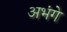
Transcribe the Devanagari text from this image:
अभंगे